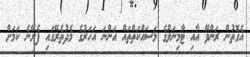
އެގޮތުން ރަންވޭ އާއި ޓާމިނަލްގެ މަސައްކަތްތައް އަންނަ އަހަރުގެ މެދުތެރޭގައި ފެށޭނެ ކަމަށް